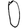
Digit: 0